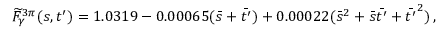
\widetilde { F } _ { \gamma } ^ { 3 \pi } ( s , t ^ { \prime } ) = 1 . 0 3 1 9 - 0 . 0 0 0 6 5 ( \bar { s } + \bar { t ^ { \prime } } ) + 0 . 0 0 0 2 2 ( \bar { s } ^ { 2 } + \bar { s } \bar { t ^ { \prime } } + \bar { t ^ { \prime } } ^ { 2 } ) \, ,